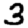
Digit: 3